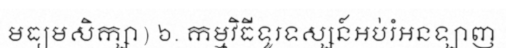
មធ្យមសិក្សា) ៦. កម្មវិធីទូរទស្សន៍អប់រំអនឡាញ